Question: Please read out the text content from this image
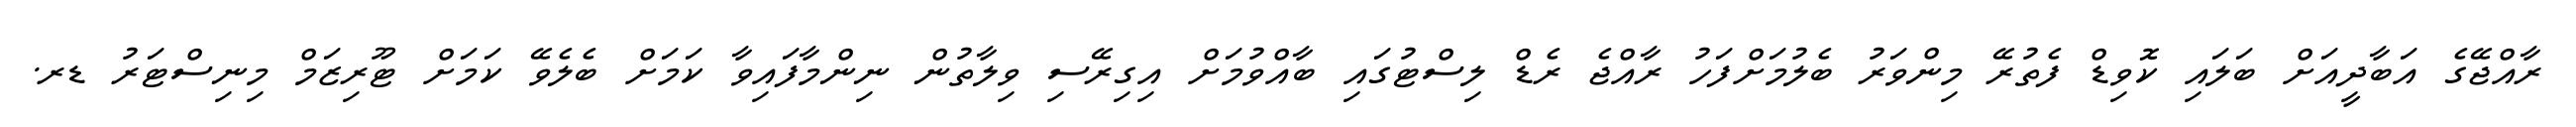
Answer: ރާއްޖޭގެ އަބާދީއަށް ބަލައި ކޮވިޑް ފެތުރޭ މިންވަރު ބެލުމަށްފަހު ރާއްޖެ ރެޑް ލިސްޓުގައި ބާއްވުމަށް އިގިރޭސި ވިލާތުން ނިންމާފައިވާ ކަމަށް ބެލެވޭ ކަމަށް ޓޫރިޒަމް މިނިސްޓަރު ޑރ.